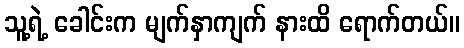
သူ့ရဲ့ ခေါင်းက မျက်နှာကျက် နားထိ ရောက်တယ်။